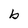
Character: b